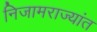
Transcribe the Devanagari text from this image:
निजामराज्यांत